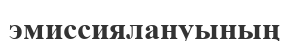
эмиссиялануының